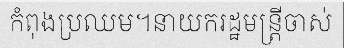
កំពុងប្រឈម។នាយករដ្ឋមន្ត្រីចាស់